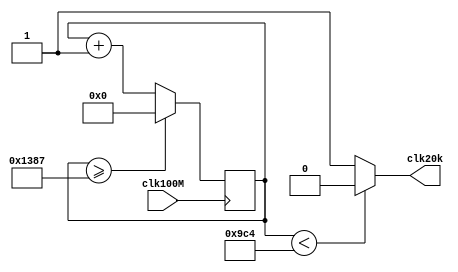
`timescale 1ns / 1ps
//////////////////////////////////////////////////////////////////////////////////
// Company: 
// Engineer: 
// 
// Design Name: 
// Module Name: clk20k
// Project Name: 
// Target Devices: 
// Tool Versions: 
// Description: 
// 
// Dependencies: 
// 
// Revision:
// Revision 0.01 - File Created
// Additional Comments:
// 
//////////////////////////////////////////////////////////////////////////////////


module clock_divider_20k(
    input clk100M,
    output clk20k
    );
    reg [12:0] counter = 13'd0;
    parameter factor = 13'd5000;
    always @ (posedge clk100M) begin
        counter <= counter + 13'd1;
        if (counter >= (factor - 1)) begin
            counter <= 13'd0;
        end
    end
    assign clk20k = (counter < (factor >> 1)) ? 1'd0 : 1'd1;
endmodule